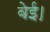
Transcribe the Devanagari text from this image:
वेई।